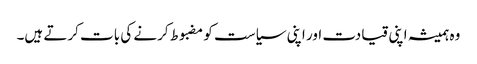
وہ ہمیشہ اپنی قیادت اور اپنی سیاست کو مضبوط کرنے کی بات کرتے ہیں۔